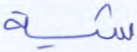
شية